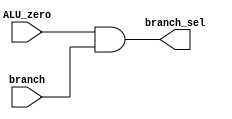
//Branch and ALU_zero and

module andMod(ALU_zero, branch, branch_sel);
	input ALU_zero, branch;
	output branch_sel;
	
	wire ALU_zero, branch;
	wire branch_sel;
	
	assign branch_sel = ALU_zero & branch;
	
endmodule